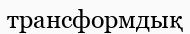
трансформдық